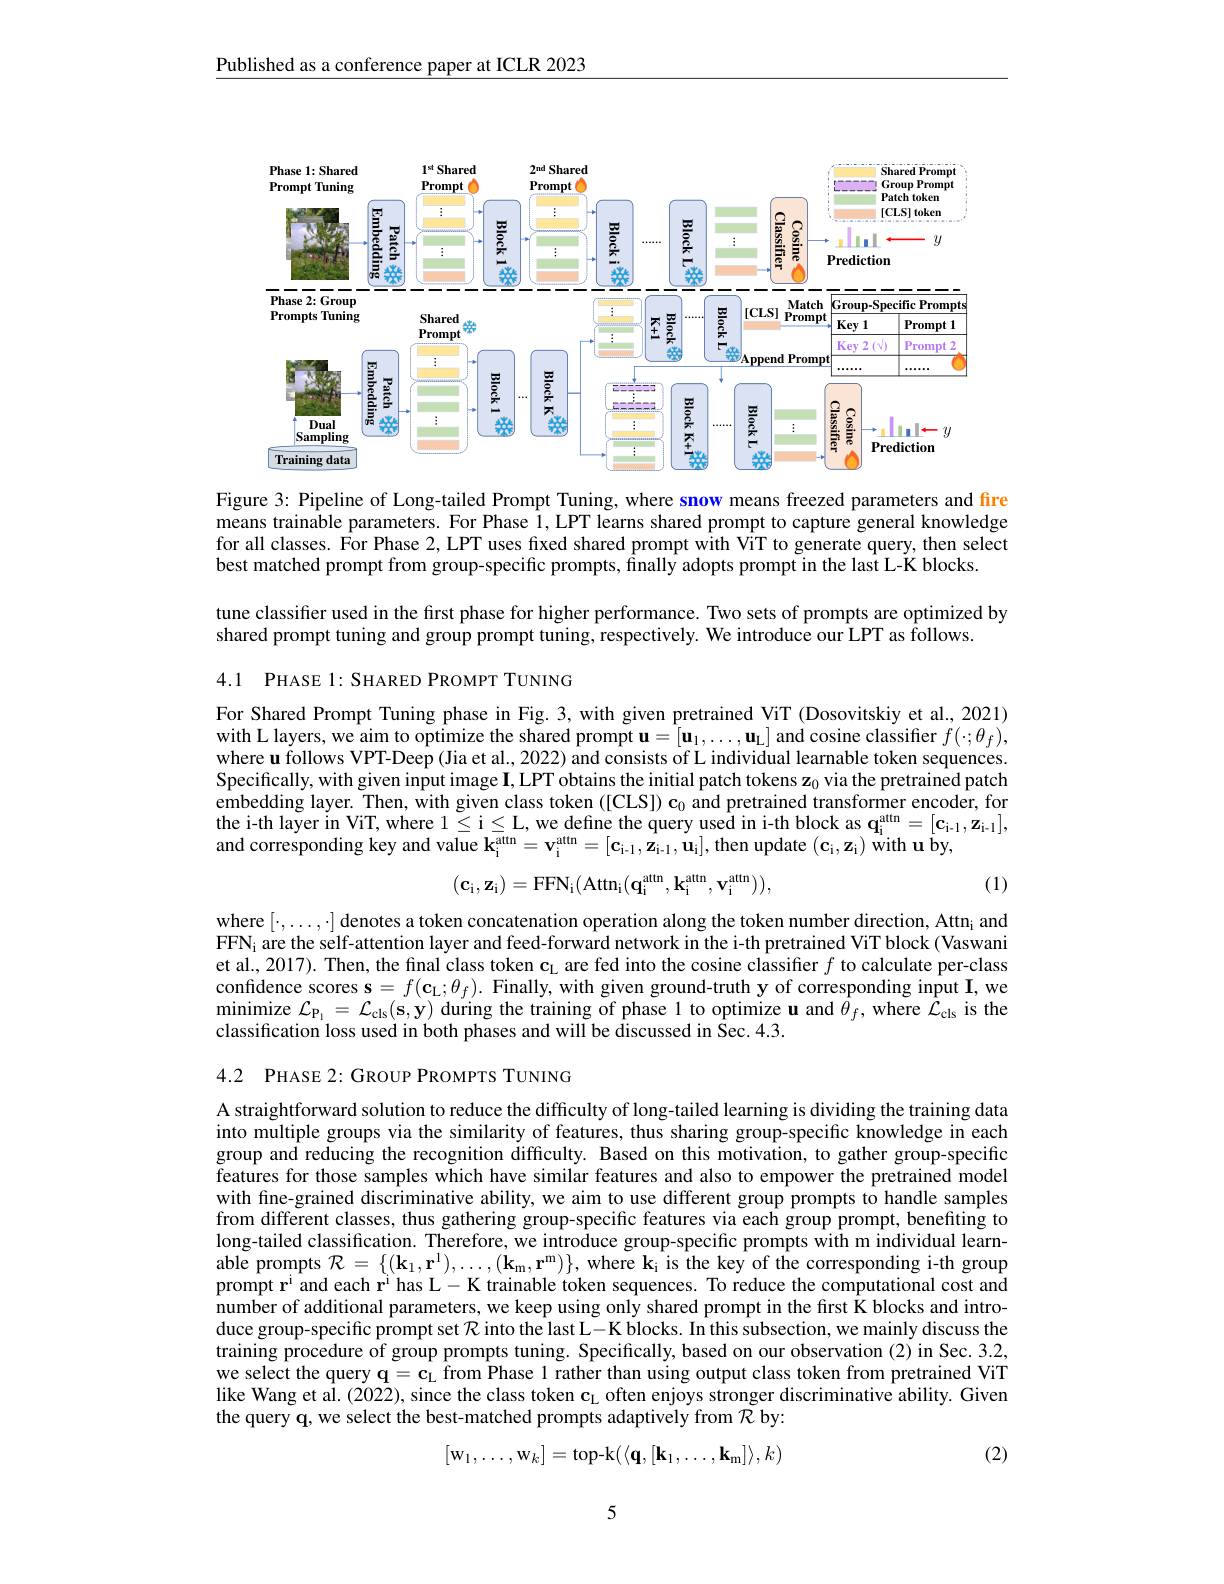
Published as a conference paper at ICLR 2023

<FigureHere>

Figure 3: Pipeline of Long-tailed Prompt Tuning, where snow means freezed parameters and fire means trainable parameters. For Phase 1, LPT learns shared prompt to capture general knowledge for all classes. For Phase 2, LPT uses fixed shared prompt with ViT to generate query, then select best matched prompt from group-specific prompts, finally adopts prompt in the last L-K blocks.

tune classifier used in the first phase for higher performance. Two sets of prompts are optimized by
shared prompt tuning and group prompt tuning, respectively. We introduce our LPT as follows.
4.1 PHASE 1: SHARED PROMPT TUNING

For Shared Prompt Tuning phase in Fig. 3, with given pretrained ViT (Dosovitskiy et al., 2021) $withLlayers,weaimtooptimize~the~shared~prompt~u=[u_1,\ldots,u_{\mathrm{L}}]$ and cosine classiffer $f(\cdot;\theta_f)$, where u follows VPT-Deep (Jia et al., 2022) and consists of L individual learnable token sequences Specifically, with given input image $\mathbf{I}$, LPT obtains the initial patch tokens z$_0$ via the pretrained patch embedding layer. Then, with given class token ([CLS$] ) \mathbf{c} _0$ and pretrained transformer encoder, for the i-th layer in ViT, where $1\leq$i$\leq$L, we define the query used in i-th block as $\mathbf{q}_{\mathrm{i}}^{\mathrm{attn}}=[\mathbf{c}_{\mathrm{i-1}},\mathbf{z}_{\mathrm{i-1}}]$, and corresponding key and value $\mathbf{k}_{\mathrm{i}}^{\mathrm{attn}}=\mathbf{v}_{\mathrm{i}}^{\mathrm{attn}}=[\mathbf{c}_{\mathrm{i-1}},\mathbf{z}_{\mathrm{i-1}},\mathbf{u}_{\mathrm{i}}]$, then update $(\mathbf{c}_{\mathrm{i}},\mathbf{z}_{\mathrm{i}})$ with u by,
$$(\mathbf{c_i},\mathbf{z_i})=\mathrm{FFN_i(Attn_i(q_i^{attn},k_i^{attn},v_i^{attn})),}$$
(1)

where $[\cdot,\ldots,\cdot]$ denotes a token concatenation operation along the token number direction, Attn¡ and FFN¡ are the self-attention layer and feed-forward network in the i-th pretrained ViT block (Vaswani et al., 2017). Then, the final class token $\mathbf{c}_\mathrm{L}$ are fed into the cosine classifier $f$ to calculate per-class confidence scores $\mathbf{s} = f( \mathbf{c} _{\mathrm{L} }; \theta _{f}) .$ Finally, with given ground-truth y of corresponding input I, we minimize $\mathcal{L} _{\mathrm{P_{1}} }= \mathcal{L} _{\mathrm{cls}}( \mathbf{s} , \mathbf{y} )$ during the training of phase 1 to optimize u and $\hat\theta_f$, where $\hat{\mathcal{L}}_{\mathrm{cls}}$ is the classification loss used in both phases and will be discussed in $\hat{\mathrm{Sec}}.4.3.$

4.2 PHASE 2: GROUP PROMPTS TUNING

A straightforward solution to reduce the difficulty of long-tailed learning is dividing the training data into multiple groups via the similarity of features, thus sharing group-specific knowledge in each group and reducing the recognition difficulty. Based on this motivation, to gather group-specific features for those samples which have similar features and also to empower the pretrained model with fine-grained discriminative ability, we aim to use different group prompts to handle samples from different classes, thus gathering group-specific features via each group prompt, benefiting to long-tailed classification. Therefore, we introduce group-specific prompts with m individual learnable prompts $\mathcal{R}=\{(\mathbf{k}_1,\mathbf{r}^1),\ldots,(\mathbf{k}_m,\mathbf{r}^m)\}$, where ki is the key of the corresponding i-th group prompt r$^\mathrm{i}$ and each r$^\mathrm{i}$ has L-K trainable token sequences. To reduce the computational cost and number of additional parameters, we keep using only shared prompt in the first K blocks and introduce group-specific prompt set $\mathcal{R}$ into the last L- K blocks. In this subsection, we mainly discuss the training procedure of group prompts tuning. Specifically, based on our observation (2) in Sec. 3.2, we select the query $\mathbf{q} = \mathbf{c} _{\mathrm{L} }$ from Phase 1 rather than using output class token from pretrained ViT like Wang et al. (2022), since the class token $\mathbf{c}_\mathrm{L}$ often enjoys stronger discriminative ability. Given the query q, we select the best-matched prompts adaptively from $\mathcal{R}$ by:
$$[\mathrm w_1,\dots,\mathrm w_k]=\mathrm top-k(\langle\mathbf q,[\mathbf k_1,\dots,\mathbf k_\mathrm{m}]\rangle,k)$$
(2)

5